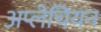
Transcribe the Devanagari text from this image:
अप्लेचियन